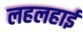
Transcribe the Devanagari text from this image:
लहलहाई